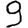
Digit: 9